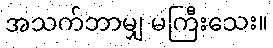
အသက်ဘာမျှ မကြီးသေး။